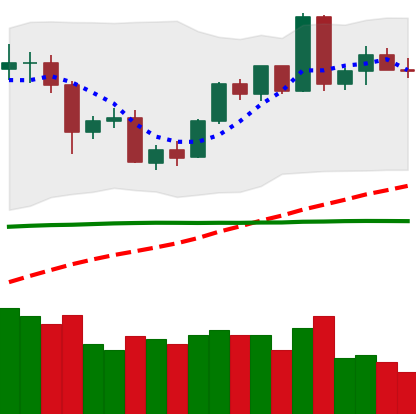
Ticker: BTC-USD
Chart end date: 2020-06-06
Forward return: -3.438%
Label: down_3_5